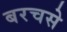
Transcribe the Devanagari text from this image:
बरचसे